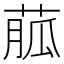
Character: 𦳍